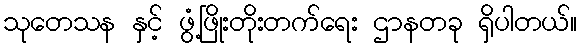
သုတေသန နှင့် ဖွံ့ဖြိုးတိုးတက်ရေး ဌာနတခု ရှိပါတယ်။